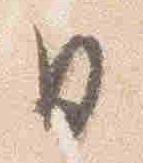
日